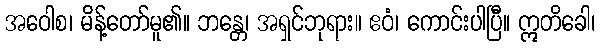
အဝေါစ၊ မိန့်တော်မူ၏။ ဘန္တေ၊ အရှင်ဘုရား။ ဧဝံ၊ ကောင်းပါပြီ။ ဣတိခေါ၊